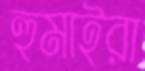
হুমাইরা